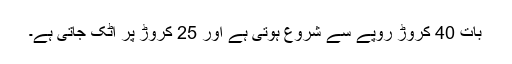
بات 40 کروڑ روپے سے شروع ہوتی ہے اور 25 کروڑ پر اٹک جاتی ہے۔